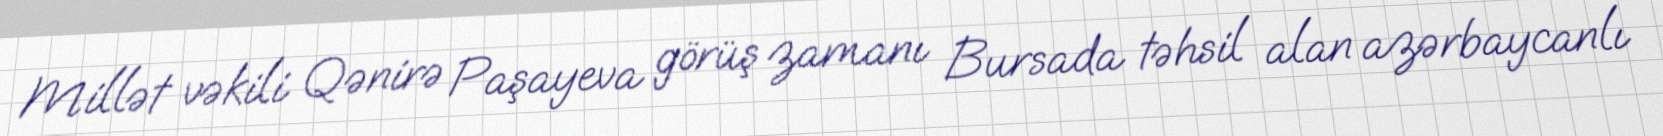
Millət vəkili Qənirə Paşayeva görüş zamanı Bursada təhsil alan azərbaycanlı